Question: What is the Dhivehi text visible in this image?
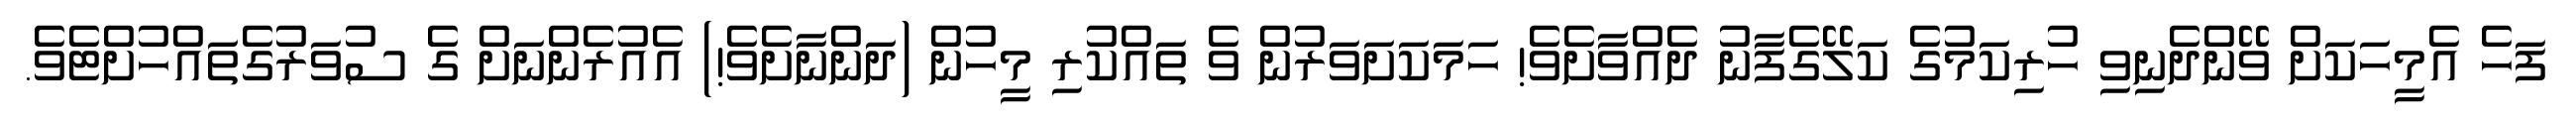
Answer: ފަހެ އެމީހަކަށް ވޭންދެނިވި ހުރިކަމުގެ ކަލޭގެފާނު ދެއްވާށެވެ! ހަމަކަށަވަރުން ވެ ތައްކުރި މީހުން (ދަންނާށެވެ!) އެއުރެންނަށް ގެ ސުވަރުގެތައްހުށްޓެވެ.